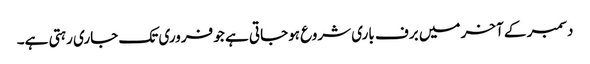
دسمبر کے آخر میں برف باری شروع ہوجاتی ہے جو فروری تک جاری رہتی ہے۔